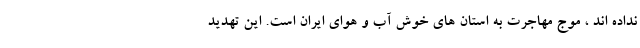
نداده اند ، موج مهاجرت به استان های خوش آب و هوای ایران است. این تهدید